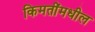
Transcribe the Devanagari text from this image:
किमतींमधील